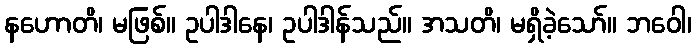
နဟောတိ၊ မဖြစ်။ ဥပါဒါနေ၊ ဥပါဒါန်သည်။ အသတိ၊ မရှိခဲ့သော်။ ဘဝေါ၊